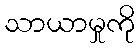
သာယာမှုကို